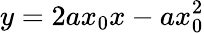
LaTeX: y=2ax_{0}x-ax_{0}^{2}